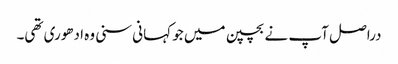
دراصل آپ نے بچپن میں جو کہانی سنی وہ ادھوری تھی۔